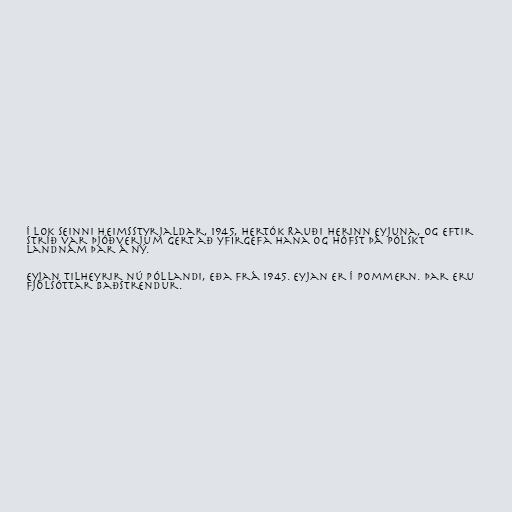
Í lok seinni heimsstyrjaldar, 1945, hertók Rauði herinn eyjuna, og eftir
stríð var Þjóðverjum gert að yfirgefa hana og hófst þá pólskt
landnám þar á ný.

Eyjan tilheyrir nú Póllandi, eða frá 1945. Eyjan er í Pommern. Þar eru
fjölsóttar baðstrendur.